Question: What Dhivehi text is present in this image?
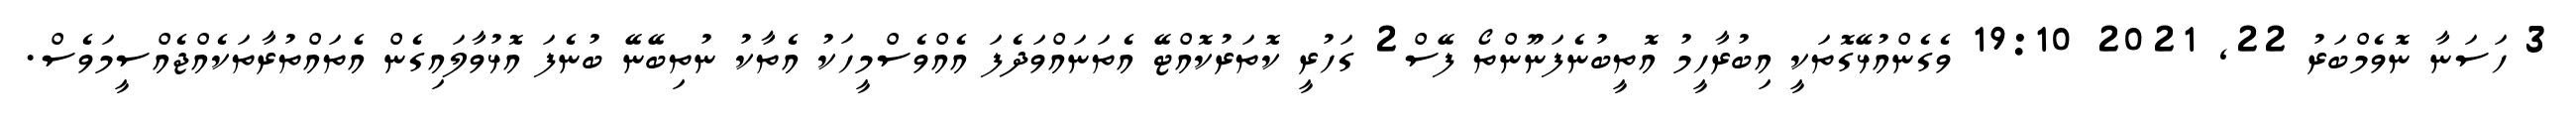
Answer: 3 ހަސަނާ ނޮވެމްބަރު 22, 2021 19:10 ވެގެންއުޅޭގޮތަކީ އިބުރާހީމު އޮތީބުނެފަނޫންތޯ ފޭސް2 ގަހުރީ ކޮތަރުކޮއްޓޭ އެތަނައްވަދެފަ އެއްވެސްމީހަކު އެތާކު ނުތިބޭނޭ ބުނެފަ އޮޅުވާލައިގެން އެތައްތުރާތަކެއްޖެއްސީމަވެސް.